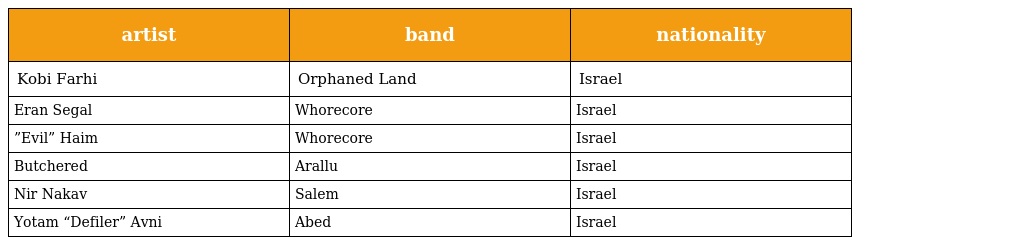
| artist | band | nationality |
 | --- | --- | --- |
 | Kobi Farhi | Orphaned Land | Israel |
 | Eran Segal | Whorecore | Israel |
 | ”Evil” Haim | Whorecore | Israel |
 | Butchered | Arallu | Israel |
 | Nir Nakav | Salem | Israel |
 | Yotam “Defiler” Avni | Abed | Israel |